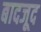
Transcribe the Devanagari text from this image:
बादजूद